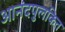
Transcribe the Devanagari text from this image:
आनंदपुलकित